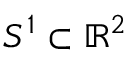
S ^ { 1 } \subset \mathbb { R } ^ { 2 }